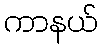
ကာနယ်